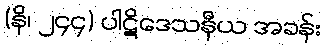
(နိ၊ ၂၄၄) ပါဋိဒေသနီယ အခန်း